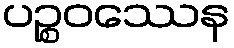
ပဉ္စဝဿေန